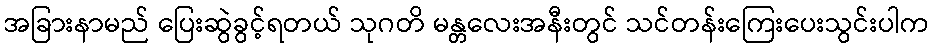
အခြားနာမည် ပြေးဆွဲခွင့်ရတယ် သုဂတိ မန္တလေးအနီးတွင် သင်တန်းကြေးပေးသွင်းပါက